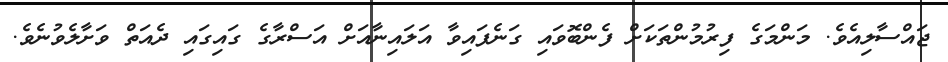
ޖައްސާލިއެވެ. މަންމަގެ ފިރުމުންތަކަށް ފެންބޮވައި ގަނެފައިވާ އަލައިނާއަށް އަސްރާގެ ގައިގައި ދެއަތް ވަށާލެވުނެވެ.